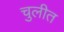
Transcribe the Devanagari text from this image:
चुलीत